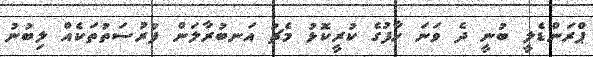
ޕްރަންޑެލީ ބުނީ ދެ ވަނަ ހާފުގެ ކުރީކޮޅު މެޗު އަނބުރާލަން ފުރުސަތުތަކެއް ލިބުނު